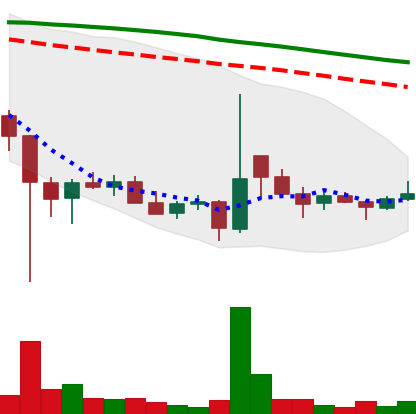
Ticker: DOGE-USD
Chart end date: 2021-12-22
Forward return: 8.366%
Label: up_7plus